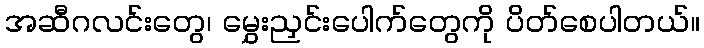
အဆီဂလင်းတွေ၊ မွှေးညှင်းပေါက်တွေကို ပိတ်စေပါတယ်။